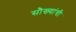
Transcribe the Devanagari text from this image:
सौख्यांची